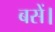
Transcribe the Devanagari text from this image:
बसें।